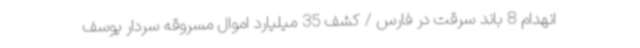
انهدام 8 باند سرقت در فارس / کشف 35 میلیارد اموال مسروقه سردار یوسف